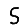
Digit: 5